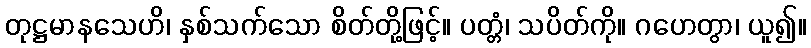
တုဋ္ဌမာနသေဟိ၊ နှစ်သက်သော စိတ်တို့ဖြင့်။ ပတ္တံ၊ သပိတ်ကို။ ဂဟေတွာ၊ ယူ၍။